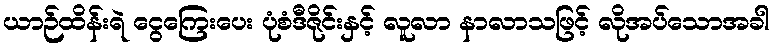
ယာဉ်ထိန်းရဲ ငွေကြေးပေး ပုံစံဒီဇိုင်းနှင့် လူလာ နာလာသဖြင့် လိုအပ်သောအခါ